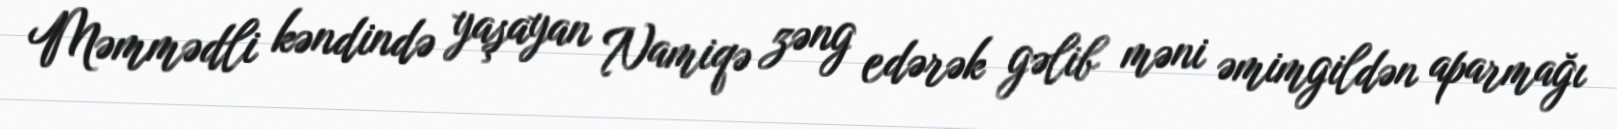
Məmmədli kəndində yaşayan Namiqə zəng edərək gəlib məni əmimgildən aparmağı